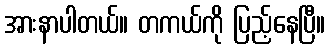
အားနာပါတယ်။ တကယ်ကို ပြည့်နေပြီ။